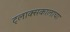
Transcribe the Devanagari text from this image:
ट्लाक्सकालाचा